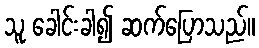
သူ ခေါင်းခါ၍ ဆက်ပြောသည်။